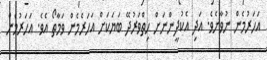
އަހަރުމެން ނުވާށެވެ. އަދި އެކުދީންނަށް ހިތްވަރުދޭ ބަޔަކަށް އަހަރެމެން ވަމާތޯ އެވެ. އަހަރުމެން